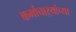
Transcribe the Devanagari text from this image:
कर्माचाऱ्यांच्या